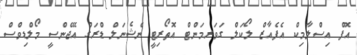
އޮފް އިސްލާމިކް އެފެއާޒް ލޯކަލް ގަވަރމަންޓް އޮތޯރިޓީ ނެޝެނަލް ޑްރަގް އޭޖެންސީ މޯލްޑިވްސް